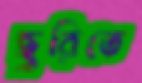
ছুরিতে